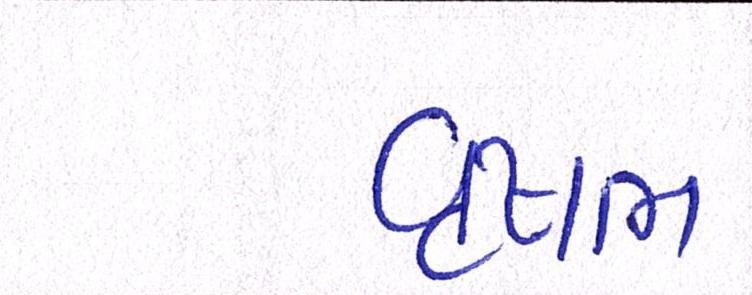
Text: વૃષભ